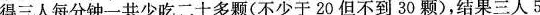
钟吃完，小兰单独吃用12分使得三人每分钟一共少吃二十多颗(不少于20但不到30颗)，结果三人